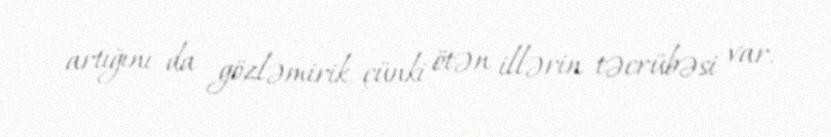
artığını da gözləmirik, çünki ötən illərin təcrübəsi var.